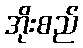
အိုးစည်